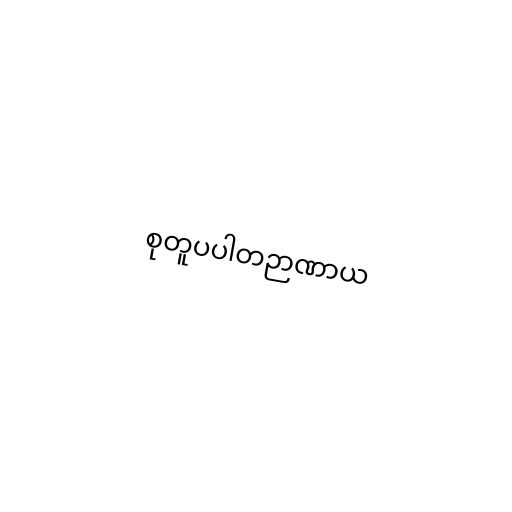
စုတူပပါတဉာဏာယ